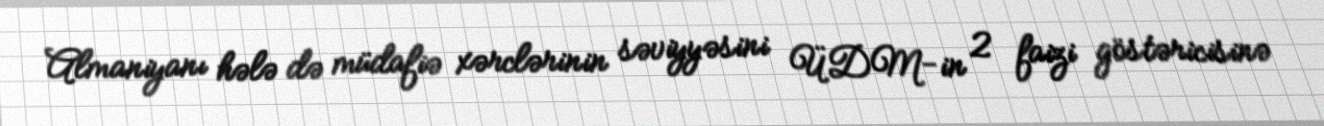
Almaniyanı hələ də müdafiə xərclərinin səviyyəsini ÜDM-in 2 faizi göstəricisinə